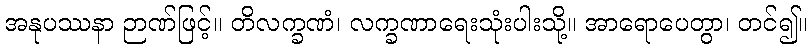
အနုပဿနာ ဉာဏ်ဖြင့်။ တိလက္ခဏံ၊ လက္ခဏာရေးသုံးပါးသို့။ အာရောပေတွာ၊ တင်၍။